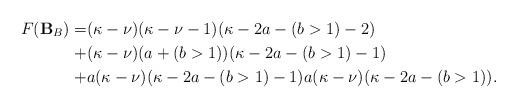
LaTeX: \begin{align*} F(\mathbf{B}_B)=&(\kappa-\nu)(\kappa-\nu-1)(\kappa-2a-(b>1)-2)\\ +&(\kappa-\nu)(a+(b>1))(\kappa-2a-(b>1)-1)\\ +&a(\kappa-\nu)(\kappa-2a-(b>1)-1)a(\kappa-\nu)(\kappa-2a-(b>1)).\end{align*}